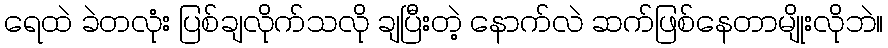
ရေထဲ ခဲတလုံး ပြစ်ချလိုက်သလို ချပြီးတဲ့ နောက်လဲ ဆက်ဖြစ်နေတာမျိုးလိုဘဲ။